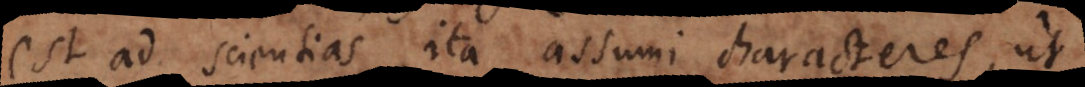
est ad scientias, ita assumi characteres, ut